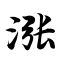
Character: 涨